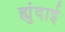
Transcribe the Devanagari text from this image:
ह्युंदाई